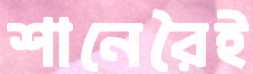
শানেরৈই